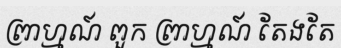
ព្រាហ្មណ៍ ពួក ព្រាហ្មណ៍ តែងតែ